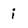
Character: i